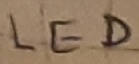
Text: LED